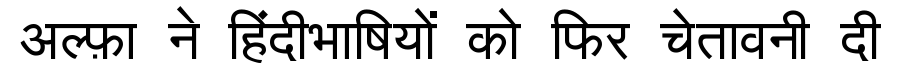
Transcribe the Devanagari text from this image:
अल्फ़ा ने हिंदीभाषियों को फिर चेतावनी दी